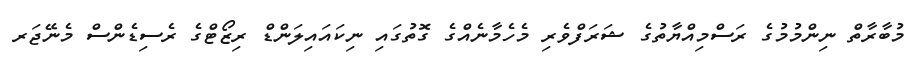
މުބާރާތް ނިންމުމުގެ ރަސްމިއްޔާތުގެ ޝަރަފްވެރި މެހެމާނެއްގެ ގޮތުގައި ނިކައައިލަންޑް ރިޒޯޓްގެ ރެސިޑެންސް މެނޭޖަރ